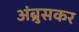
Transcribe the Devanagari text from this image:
अंब्रुसकर